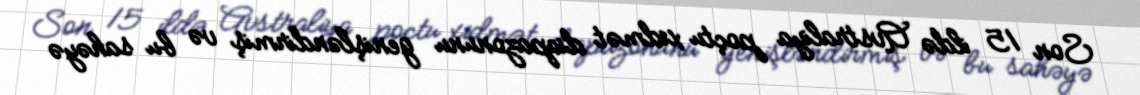
Son 15 ildə Avstraliya poçtu xidmət diapazonunu genişləndirmiş və bu sahəyə